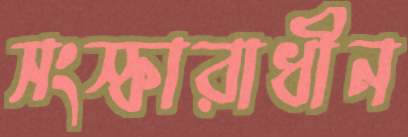
সংস্কারাধীন